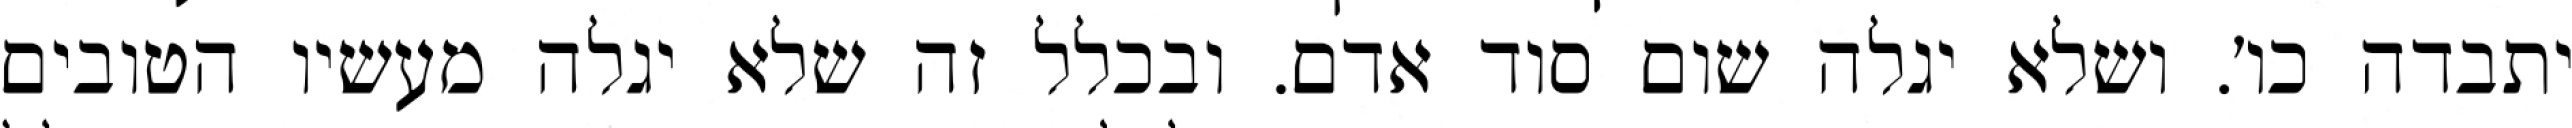
יתבדה כו׳. ושלא יגלה שום סוד אדם. ובכלל זה שלא יגלה מעשיו הטובים